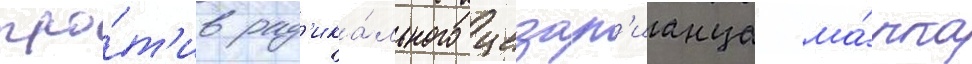
про́т'ив рад'ика́льного цезар'ианца ма́рка